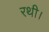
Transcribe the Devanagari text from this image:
रथी।